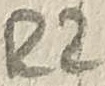
Text: R2